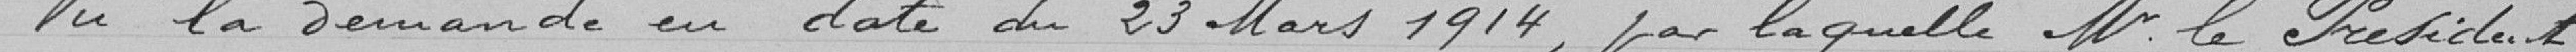
Vu la demande en date du 23 Mars 1914, par laquelle Monsieur le Président